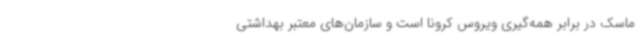
ماسک در برابر همه‌گیری ویروس کرونا است و سازمان‌های معتبر بهداشتی